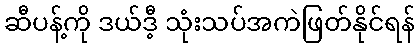
ဆီပန့်ကို ဒယ်ဒီ့ သုံးသပ်အကဲဖြတ်နိုင်ရန်